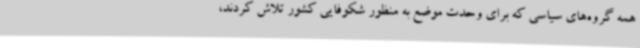
همه گروه‌های سیاسی که برای وحدت موضع به منظور شکوفایی کشور تلاش کردند،